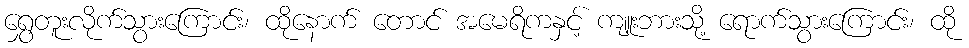
ရွှေတူးလိုက်သွားကြောင်း၊ ထိုနောက် တောင် အမေရိကနှင့် ကျူးဘားသို့ ရောက်သွားကြောင်း၊ ထို